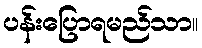
ပန်းပြောရမည်သာ။